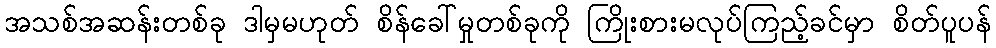
အသစ်အဆန်းတစ်ခု ဒါမှမဟုတ် စိန်ခေါ်မှုတစ်ခုကို ကြိုးစားမလုပ်ကြည့်ခင်မှာ စိတ်ပူပန်